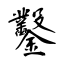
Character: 鑿